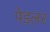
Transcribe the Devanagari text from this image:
पेडलर